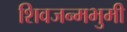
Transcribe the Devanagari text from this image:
शिवजन्मभुमी